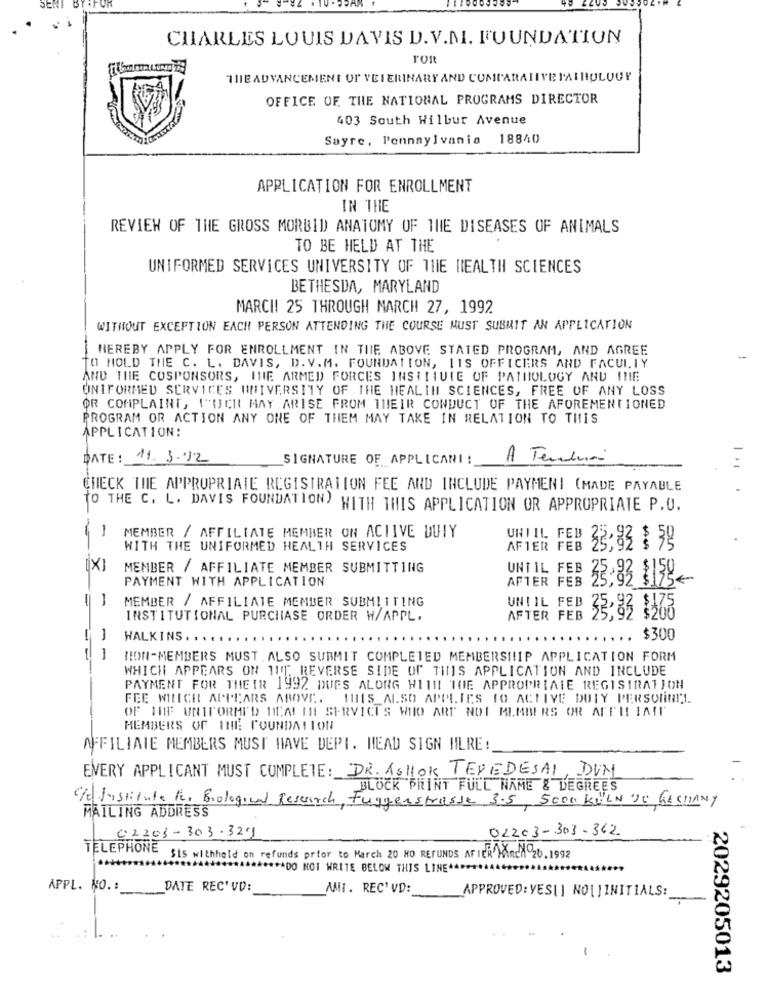
CHARLES LOUIS DAVIS D.V.M. FOUNDATION
ros
THE ADVANCEMENT OF VETERINARY AND COMPARATIVEPATHOLOGY
OFFICE OF THE NATIONAL PROGRAMS DIRECTOR
403 South Wilbur Avenue
Sayre, Pennaylvania
18840
APPLICATION FOR ENROLLMENT
IN THE
REVIEW OF THE GROSS MORBID ANATOMY OF THE DISEASES OF ANIMALS
TO BE HELD AT THE
UNIFORMED SERVICES UNIVERSITY OF THE HEALTH SCIENCES
BETHESDA, MARYLAND
MARCH! 25 THROUGH MARCH 27, 1992
WITHOUT EXCEPTION EACH PERSON ATTENDING THE COURSE MUST SUBMIT AN APPLICATION
-
HEREBY APPLY FOR ENROLLMENT IN THE ABOVE STATED PROGRAM, AND AGREE
--
TO HOLD THE C. L. DAVIS, D. V.M. FOUNDATION, 11S OFFICERS AND FACULTY
AND THE COSPONSORS, INIE ARMED FORCES INSTITUTE OF PATHOLOGY AND INE
UNIFORMED SERVICES UNIVERSITY OF THE HEALTH SCIENCES, FREE OF ANY LOSS
OR COMPLAINT, 1"ICH MAY ARISE FROM THEIR CONDUCT OF THE AFOREMENTIONED
PROGRAM OR ACTION ANY ONE OF THEM MAY TAKE IN RELATION TO THIS
APPLICATION:
DATE :
11.3.12
SIGNATURE OF APPLICANI :
A Tenda
CHECK THE APPROPRIATE REGISTRATION FEE AND INCLUDE PAYMENT (MADE PAYABLE
TO THE C. L. DAVIS FOUNDATION) WITH THIS APPLICATION OR APPROPRIATE P.O.
-
MEMBER / AFFILIATE MEMBER ON ACTIVE DUTY
UNI IL FEB
WITH THE UNIFORMED HEALTH SERVICES
AFTER FEB
33,83 : 59
X
MEMBER / AFFILIATE MEMBER SUBMITTING
UNTIL FEB
PAYMENT WITH APPLICATION
AFTER FEB
33:33 1159-
MEMBER / AFFILIATE MEMBER SUBMITTING
UNTIL FEB
INSTITUTIONAL PURCHASE ORDER W/APPL.
AFTER FEB
32,83 1265
WALKINS .
$300
1-
TION-MEMBERS MUST.ALSO SUBMIT COMPLETED MEMBERSHIP APPLICATION FORM
WHICH APPEARS ON 1IT REVERSE SIDE OF THIS APPLICATION AND INCLUDE
PAYMENT FOR THEIR 1992 DUES ALONG WITH THE APPROPRIATE REGISTRATION
FEE WILICH APPEARS ABOVE. IBIS_ALSO APPLIES TO ACTIVE DUTY PERSONNEL
OF 10F UNIFORMI'D DICAL INI SERVICES WHO ARE NOT MEMBERS OR AFFILIATI
MEMBERS OF THE FOUNDATION
AFFILIATE MEMBERS MUST HAVE DEPT. HEAD SIGN HLRE:
EVERY APPLICANT MUST COMPLETE: DR. ASHOK TEREDESAI, DUN
BLOCK PRINT FULL NAME & DEGREES
C/d Institute For Biological Research, Fuggen strasse 3.5, 5000 KILN TU GESMANY
MAILING ADDRESS
02203-303-329
02203-303-362
TELEPHONE
Sis withheld on refunds prior to March 20 NO REFUNDS AFTER MARCH 20. 1992
*** DO NOT WRITE BELOW THIS LINE+4.
APPL. NO. :
DATE REC' VD:
MIT. REC' VD:
APPROVED: YESLI NO[]INITIALS :_
..
-
2029205013